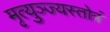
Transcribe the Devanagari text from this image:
मृत्युञ्ज्यस्तोत्रं